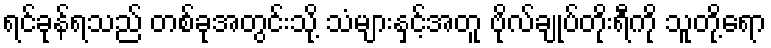
ရင်ခုန်ရသည် တစ်ခုအတွင်းသို့ သံများနှင့်အတူ ဗိုလ်ချုပ်တိုးရီကို သူတို့ရော